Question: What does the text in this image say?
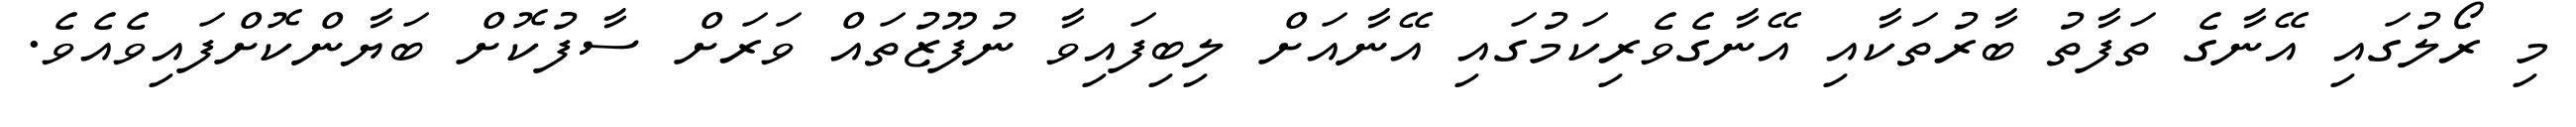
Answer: މި ރޯލުގައި އޭނާގެ ތަފާތު ބާރުތަކާއި އޭނާގެވެރިކަމުގައި އޭނާއަށް ލިބިފައިވާ ނުފޫޒުތައް ވަރަށް ސާފުކޮށް ބަޔާންކޮށްފައިވެއެވެ.